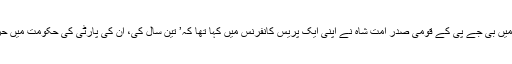
گزشتہ 16 ستمبر 17ء کو جھارکھنڈ کے رانچی شہر میں بی جے پی کے قومی صدر امت شاہ نے اپنی ایک پریس کانفرنس میں کہا تھا کہ’ تین سال کی، ان کی پارٹی کی حکومت میں حزب مخالف ایک بھی کرپشن کا الزام نہیں لگا سکی ہے۔